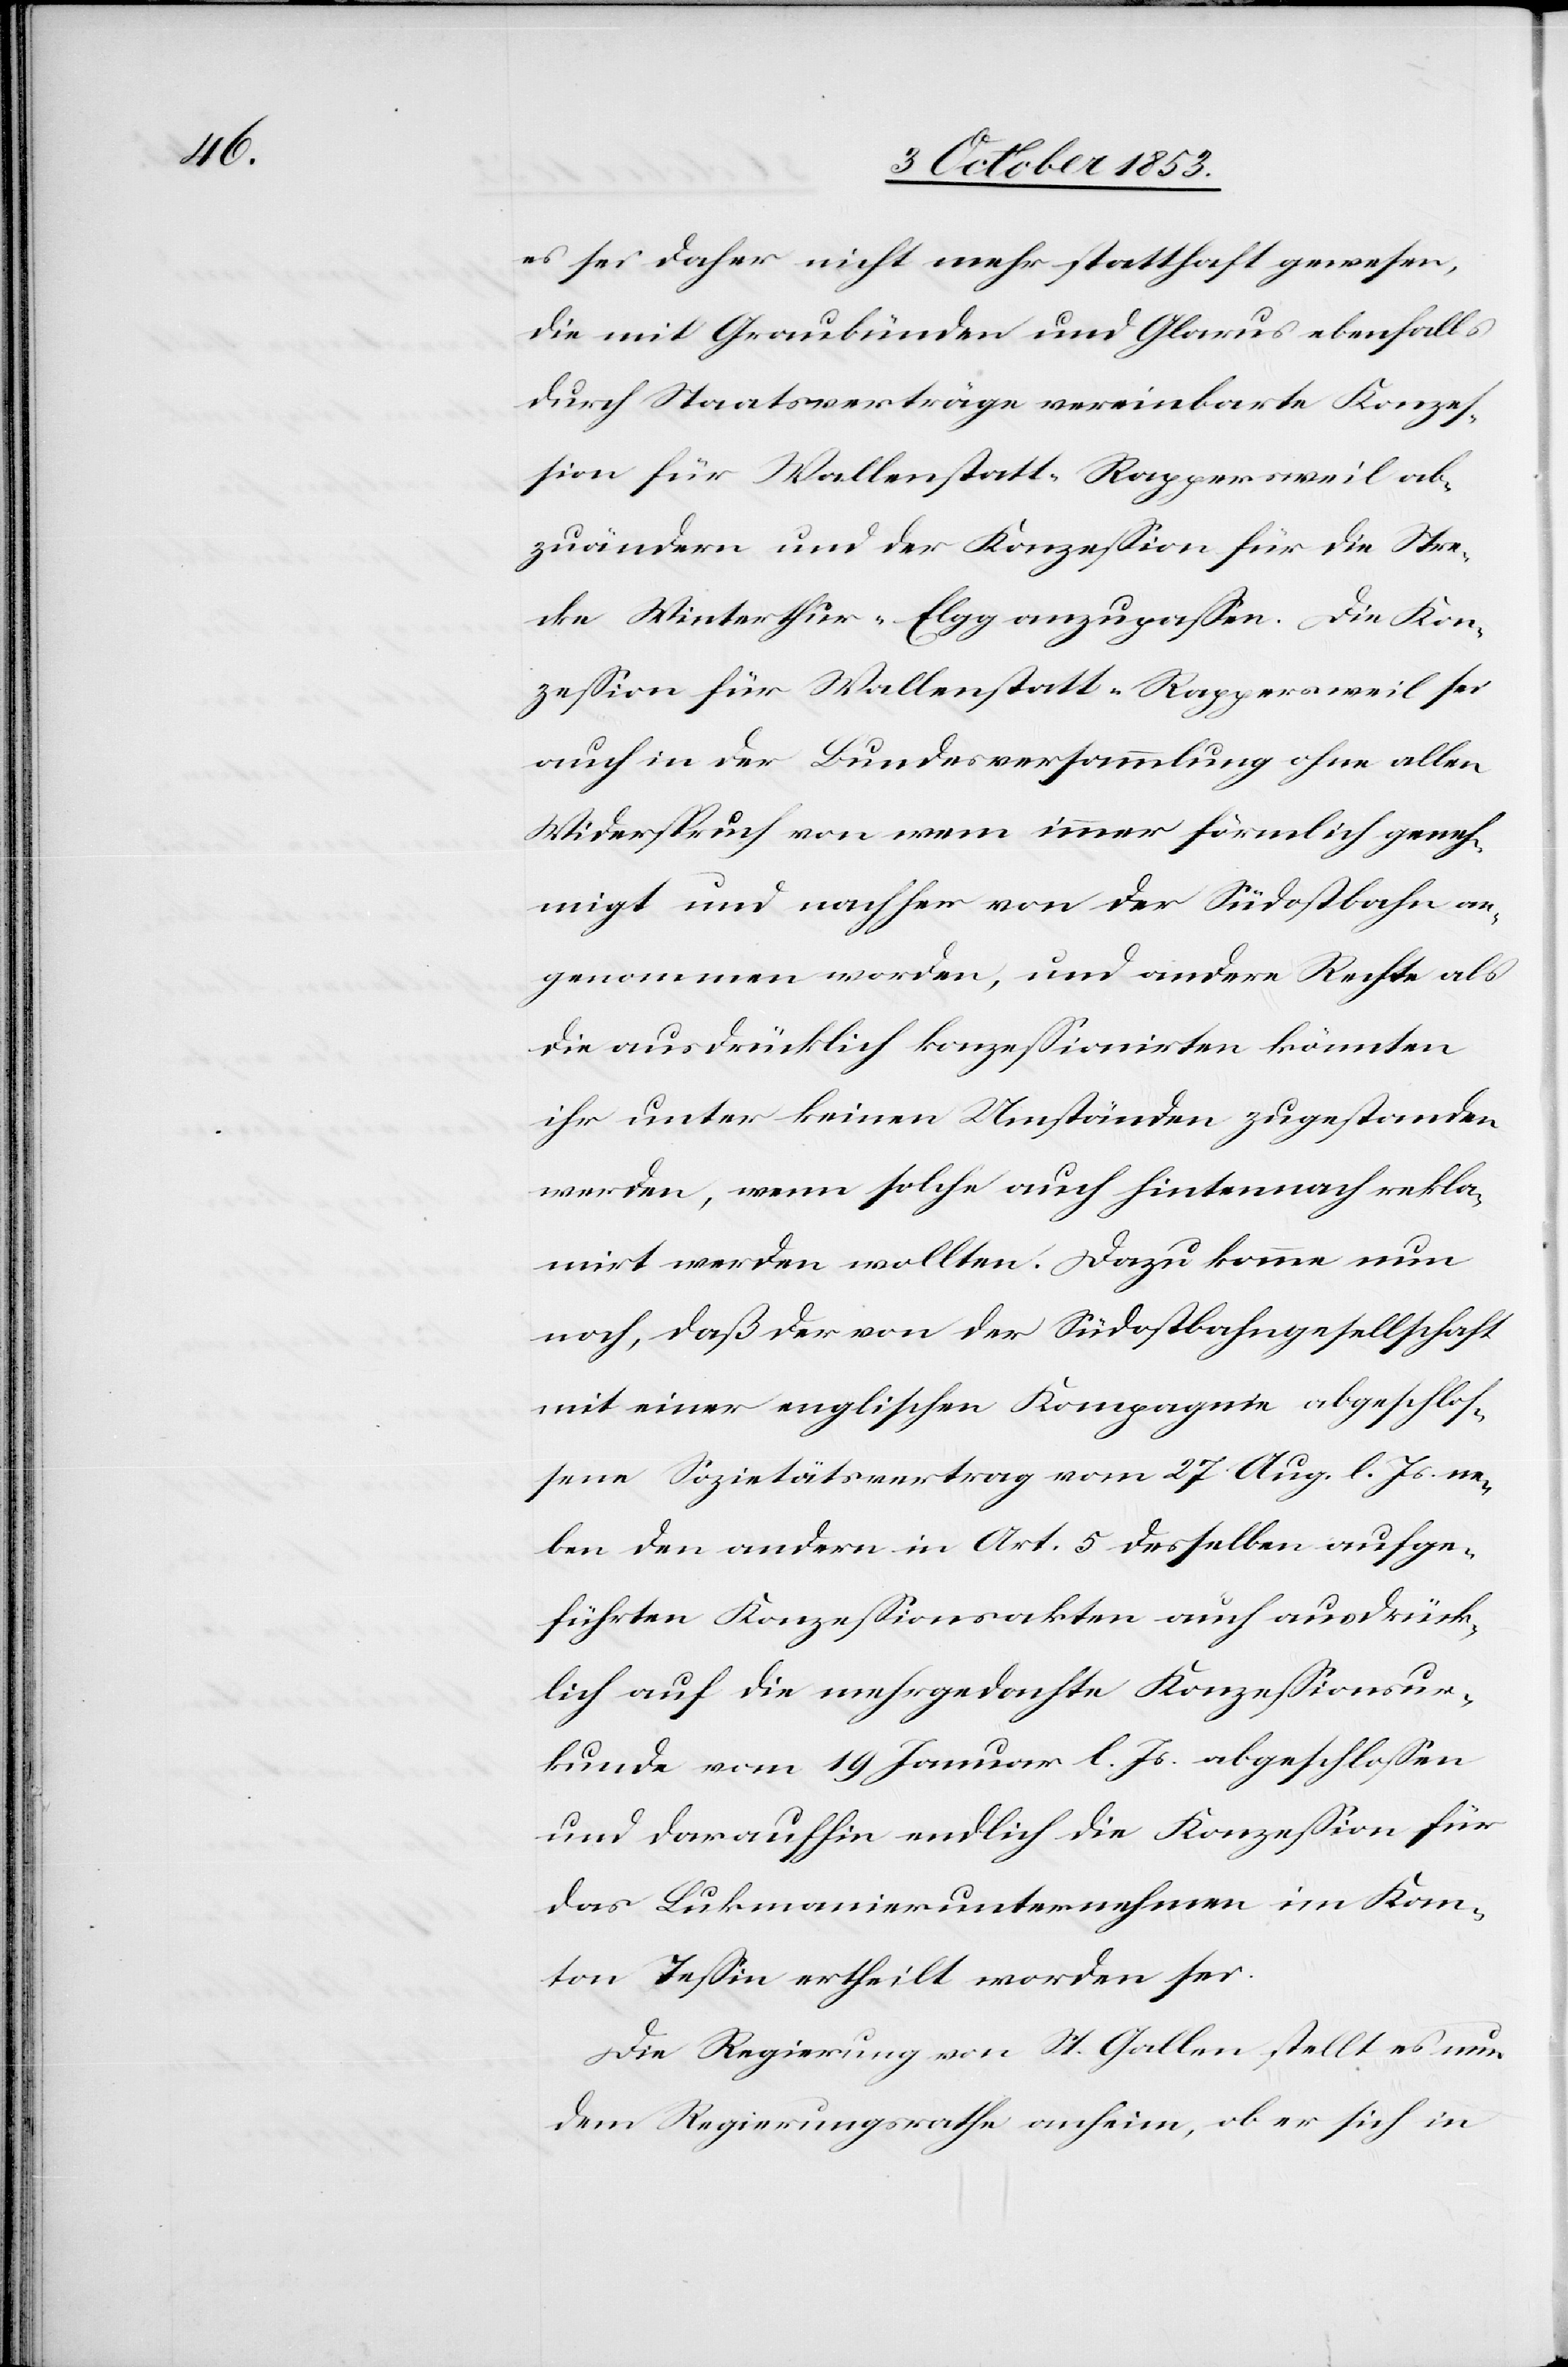
eßion

es sei daher nicht mehr statthaft gewesen,
die mit Graubünden und Glarus ebenfalls
durch Staatsverträge vereinbarte Konzeß¬
ion für Wallenstatt–Rappersweil ab¬
zuändern und der Konzeßion für die Stre¬
cke Winterthur–Elgg anzupaßen. Die Konz¬
auch in der Bundesversammlung ohne allen
Widerspruch von wem immer förmlich geneh¬
migt und nachher von der Südostbahn an¬
genommen worden, und andere Rechte als
die ausdrücklich konzeßionirten könnten
ihr unter keinen Umständen zugestanden
werden, wenn solche auch hintennach rekla¬
mirt werden wollten. Dazu komme nun
noch, daß der von der Südostbahngesellschaft
mit einer englischen Kompagnie abgeschlos¬
sene Sozietätsvertrag vom 27 Aug. l. Js. ne¬
ben den andern in Art. 5 desselben aufge¬
führten Konzeßionsakten auch ausdrück¬
lich auf die nachgedachte Konzeßionsur¬
kunde vom 19 Januar l. Js. abgeschloßen
und daraufhin endlich die Konzeßion für
das Lukmanierunternehmen im Kan¬
ton Teßin ertheilt worden sei.
Die Regierung von St. Gallen stellt es nun
dem Regierungsrathe anheim, ob er sich in